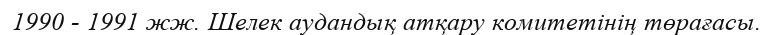
1990 - 1991 жж. Шелек аудандық атқару комитетінің төрағасы.